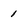
Character: 1